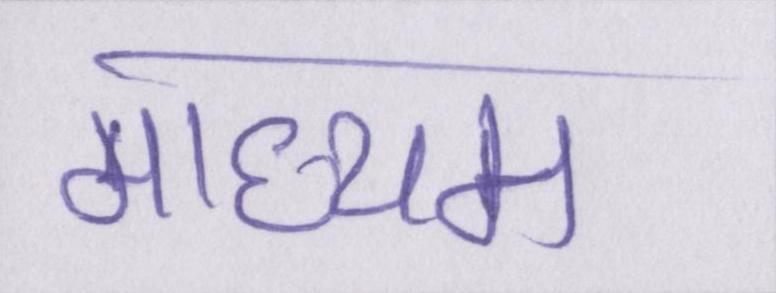
माध्यम